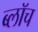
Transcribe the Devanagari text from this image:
ब्लाॅच